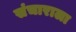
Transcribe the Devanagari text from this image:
संचाराला